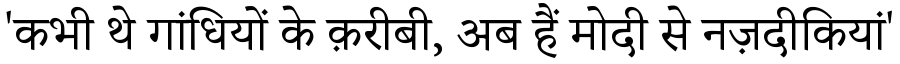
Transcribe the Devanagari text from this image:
'कभी थे गांधियों के क़रीबी, अब हैं मोदी से नज़दीकियां'